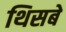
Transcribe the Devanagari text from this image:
थिसबे